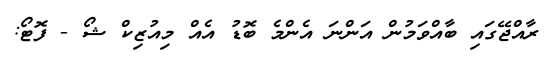
ރާއްޖޭގައި ބާއްވަމުން އަންނަ އެންމެ ބޮޑު އެއް މިއުޒިކް ޝޯ - ފޮޓޯ: